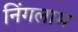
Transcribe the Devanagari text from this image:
निंगलाम